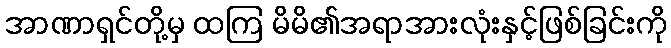
အာဏာရှင်တို့မှ ထကြ မိမိ၏အရာအားလုံးနှင့်ဖြစ်ခြင်းကို